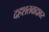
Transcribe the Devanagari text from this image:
दहशतवादावर